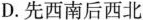
D.先西南后西北